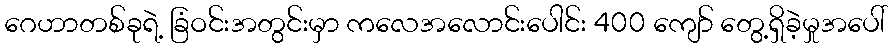
ဂေဟာတစ်ခုရဲ့ ခြံဝင်းအတွင်းမှာ ကလေအလောင်းပေါင်း 400 ကျော် တွေ့ရှိခဲ့မှုအပေါ်